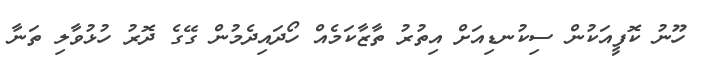
ހޫނު ކޮފީއަކުން ސިކުނޑިއަށް އިތުރު ތާޒާކަމެއް ހޯދައިދެމުން ގޭގެ ދޮރު ހުޅުވާލި ތަނާ